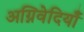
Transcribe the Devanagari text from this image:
अग्निवेदियाँ